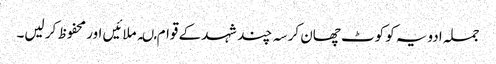
جملہ ادویہ کو کوٹ چھان کر سہ چند شہد کے قوام مںہ ملائیں اور محفوظ کر لیں۔